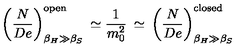
\left( \frac { N } { D e } \right) _ { \beta _ { H } \gg \beta _ { S } } ^ { \mathrm { o p e n } } \: \simeq \frac { 1 } { m _ { 0 } ^ { 2 } } \: \simeq \: \left( \frac { N } { D e } \right) _ { \beta _ { H } \gg \beta _ { S } } ^ { \mathrm { c l o s e d } }